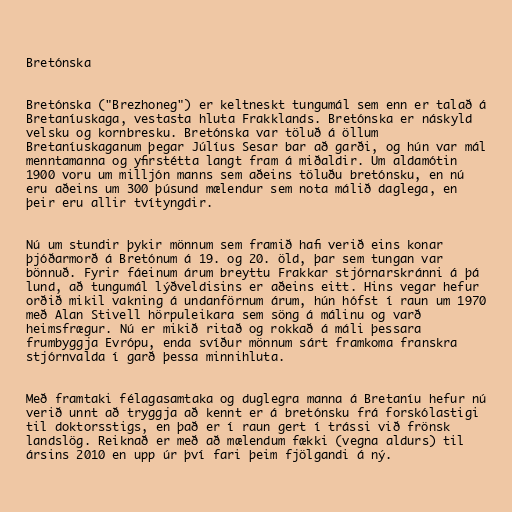
Bretónska

Bretónska ("Brezhoneg") er keltneskt tungumál sem enn er talað á
Bretaníuskaga, vestasta hluta Frakklands. Bretónska er náskyld
velsku og kornbresku. Bretónska var töluð á öllum
Bretaníuskaganum þegar Júlíus Sesar bar að garði, og hún var mál
menntamanna og yfirstétta langt fram á miðaldir. Um aldamótin
1900 voru um milljón manns sem aðeins töluðu bretónsku, en nú
eru aðeins um 300 þúsund mælendur sem nota málið daglega, en
þeir eru allir tvítyngdir.

Nú um stundir þykir mönnum sem framið hafi verið eins konar
þjóðarmorð á Bretónum á 19. og 20. öld, þar sem tungan var
bönnuð. Fyrir fáeinum árum breyttu Frakkar stjórnarskránni á þá
lund, að tungumál lýðveldisins er aðeins eitt. Hins vegar hefur
orðið mikil vakning á undanförnum árum, hún hófst í raun um 1970
með Alan Stivell hörpuleikara sem söng á málinu og varð
heimsfrægur. Nú er mikið ritað og rokkað á máli þessara
frumbyggja Evrópu, enda svíður mönnum sárt framkoma franskra
stjórnvalda í garð þessa minnihluta.

Með framtaki félagasamtaka og duglegra manna á Bretaníu hefur nú
verið unnt að tryggja að kennt er á bretónsku frá forskólastigi
til doktorsstigs, en það er í raun gert í trássi við frönsk
landslög. Reiknað er með að mælendum fækki (vegna aldurs) til
ársins 2010 en upp úr því fari þeim fjölgandi á ný.